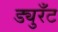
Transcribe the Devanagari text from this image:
ड्युरँट